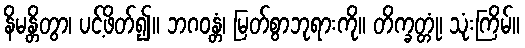
နိမန္တိတွာ၊ ပင့်ဖိတ်၍။ ဘဂဝန္တံ၊ မြတ်စွာဘုရားကို။ တိက္ခတ္တုံ၊ သုံးကြိမ်။